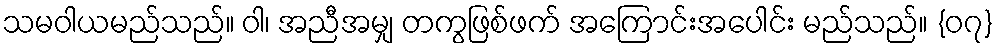
သမဝါယမည်သည်။ ဝါ၊ အညီအမျှ တကွဖြစ်ဖက် အကြောင်းအပေါင်း မည်သည်။ {၀၇}